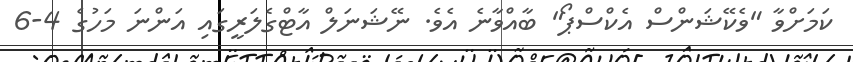
ކަމަށްވާ "ވެކޭޝަންސް އެކްސްޕޯ" ބާއްވާނެ އެވެ. ނޭޝަނަލް އާޓްގެލަރީގައި އަންނަ މަހުގެ 4-6